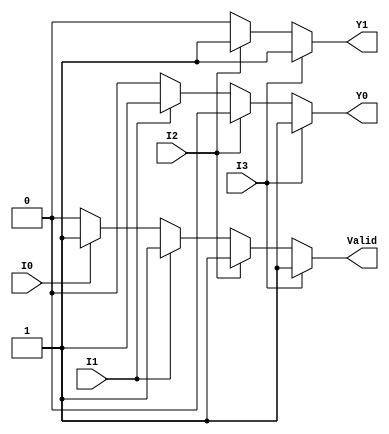
module priority_encoder_4to2 (
    input wire I0,    // Input 0
    input wire I1,    // Input 1
    input wire I2,    // Input 2
    input wire I3,    // Input 3
    output reg Y1,    // Most significant bit of the output
    output reg Y0,    // Least significant bit of the output
    output reg Valid   // Valid signal
);

    always @(*) begin
        // Default values
        Y1 = 1'b0;
        Y0 = 1'b0;
        Valid = 1'b0;

        // Priority encoding logic
        if (I3) begin
            Y1 = 1'b1;
            Y0 = 1'b1;
            Valid = 1'b1;
        end else if (I2) begin
            Y1 = 1'b1;
            Y0 = 1'b0;
            Valid = 1'b1;
        end else if (I1) begin
            Y1 = 1'b0;
            Y0 = 1'b1;
            Valid = 1'b1;
        end else if (I0) begin
            Y1 = 1'b0;
            Y0 = 1'b0;
            Valid = 1'b1;
        end else begin
            // All inputs are low
            Valid = 1'b0; // Valid is low when no input is high
        end
    end

endmodule